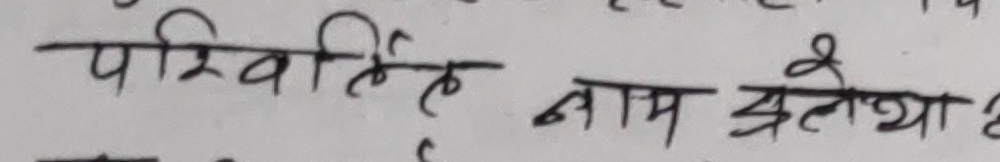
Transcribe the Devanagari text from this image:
परिवर्तित नाम श्रेया है